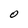
Character: O